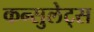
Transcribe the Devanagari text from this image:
कन्सुलेट्स